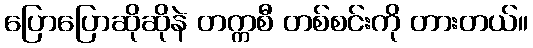
ပြောပြောဆိုဆိုနဲ တက္ကစီ တစ်စင်းကို တားတယ်။